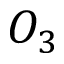
O _ { 3 }